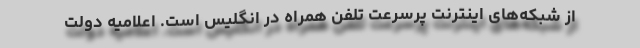
از شبکه‌های اینترنت پرسرعت تلفن همراه در انگلیس است. اعلامیه دولت